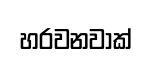
හරවනවාක්